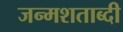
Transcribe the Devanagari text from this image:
जन्‍मशताब्‍दी